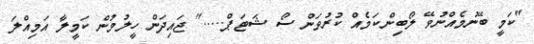
"ކަމީ ބޭނުމެއްނުވޭ ލޯބިންކަމެއް ކުރުވަން ސޯ ޝަޓަޕް....." ޖައިދަން ހީލުމުން ކަމީލާ އަމިއްލަ